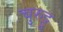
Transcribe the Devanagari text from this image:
चुरुट्टू